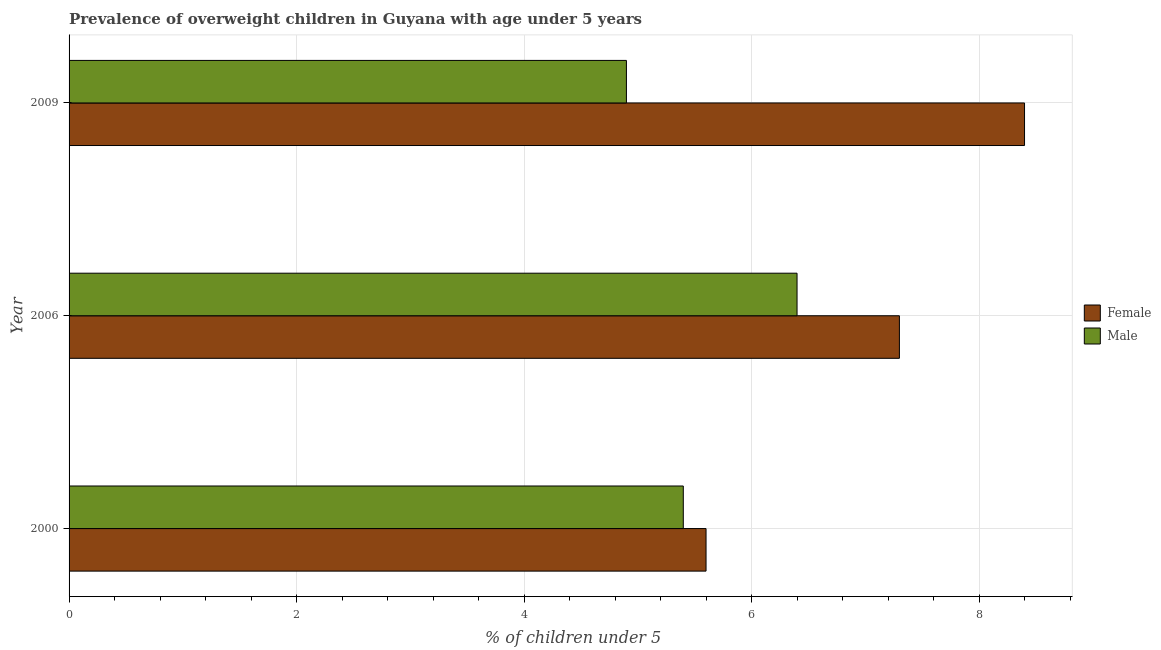
| Year | Female | Male |
 | --- | --- | --- |
 | 2000 | 5.6 | 5.4 |
 | 2006 | 7.3 | 6.4 |
 | 2009 | 8.4 | 4.9 |